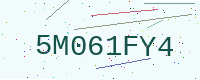
Text: 5M061FY4